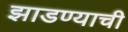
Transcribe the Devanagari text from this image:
झाडण्याची